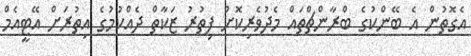
އެގޮތުން އެ ބޭންކުގެ ބްރާންޗްތައް މެދުވެރިކޮށް ފިތުރު ޒަކާތް ދެއްކުމުގެ އިތުރަށް އޭޓީއެމް